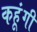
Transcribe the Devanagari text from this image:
कहूंगी